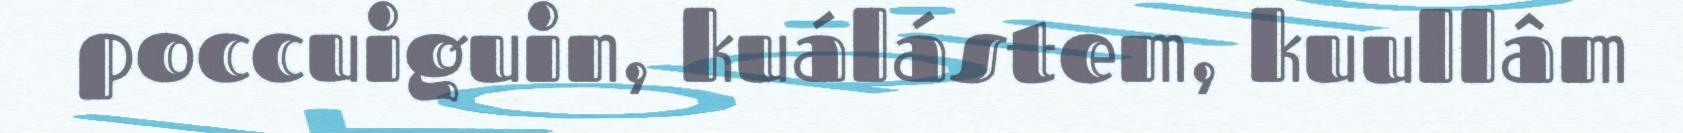
poccuiguin, kuálástem, kuullâm